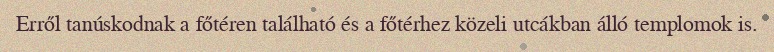
Erről tanúskodnak a főtéren található és a főtérhez közeli utcákban álló templomok is.